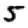
Digit: 5